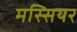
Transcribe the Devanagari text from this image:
मस्सियर